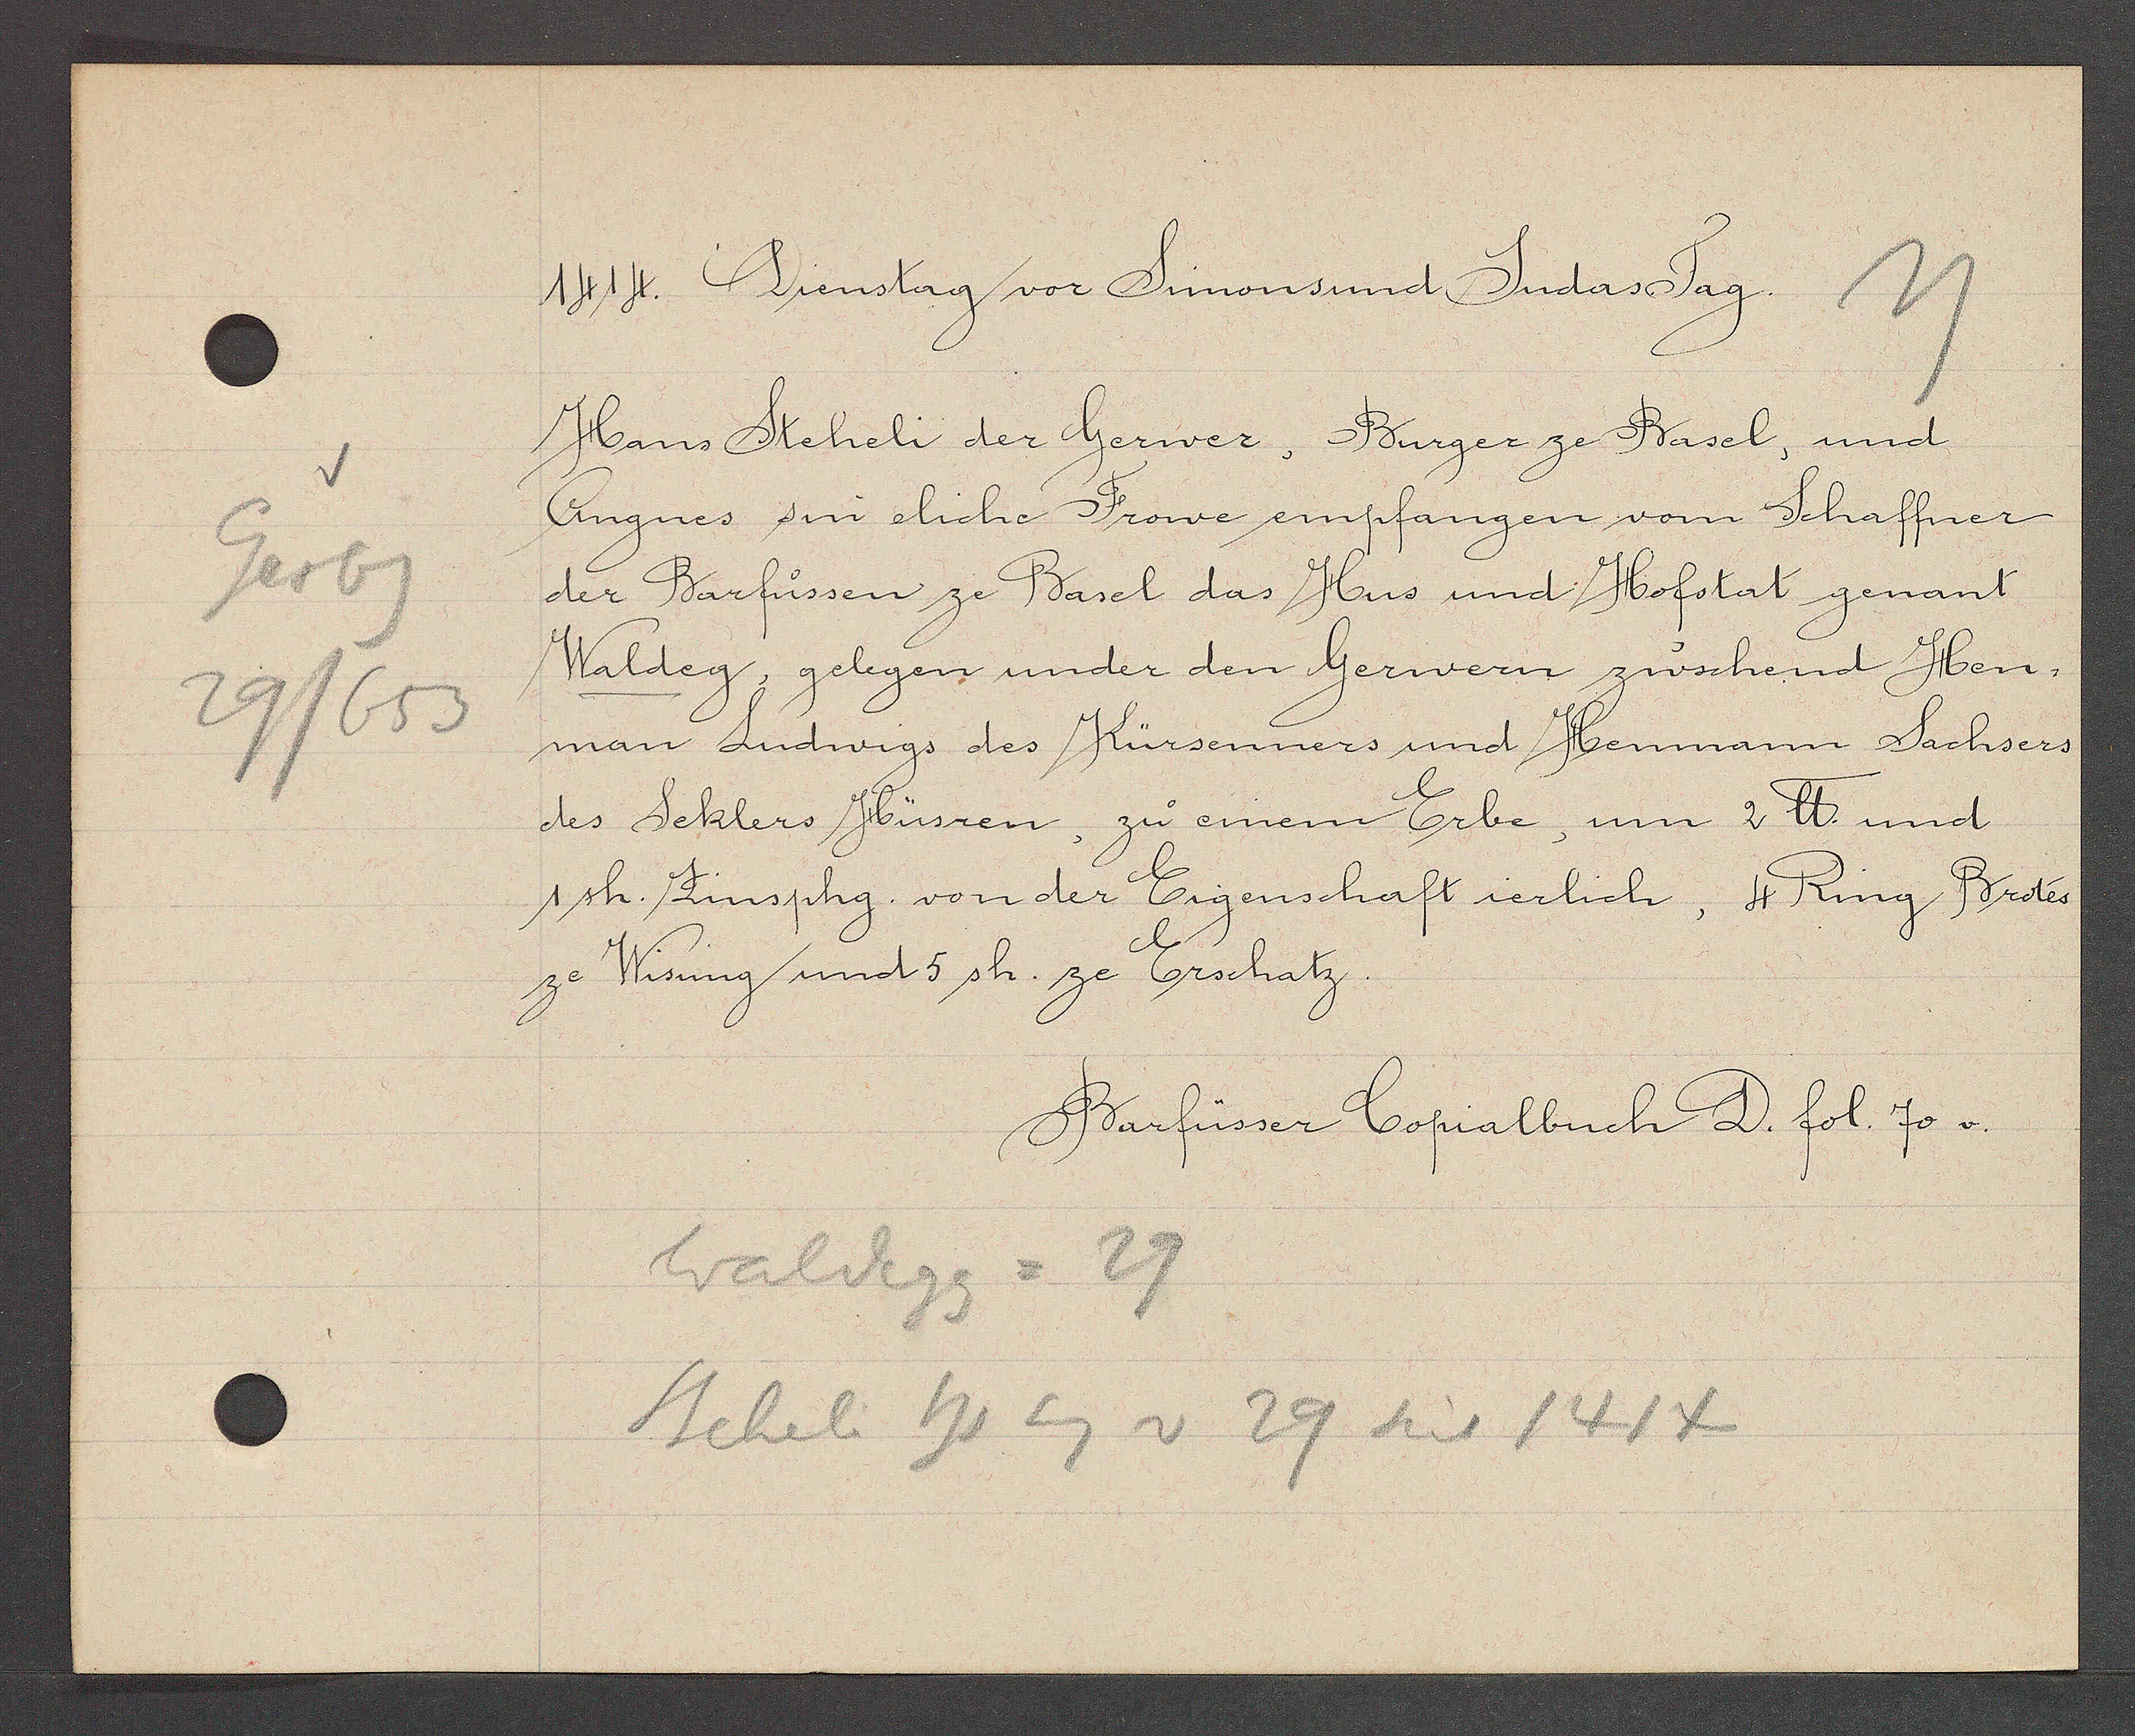
Transcript:
Gerbg
29/653

1414. Dienstag vor Simons und Judas Tag.

Hans Steheli der Gerwer, Burger ze Basel, und
Angnes sin eliche Frowe empfangen vom Schaffner
der Barfüssen ze Basel das Hus und Hofstat genant
Waldeg, gelegen under den Gerwern zwschend Hen¬
man Ludwigs des Kürsenners und Henmann Sachsers
des Seklers Hüsren, zu einem Erbe, um 2 ℔ und
1sh. Zinsphg. von der Eigenschaft ierlich, 4 Ring Brotes
ze Wisung und 5 sh. ze Erschatz.

Barfüsser Copialbuch D. fol. 70 v.

Waldegg = 29
Steheli hs Eg v 29 seit 1414